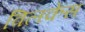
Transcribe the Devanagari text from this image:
विलकेस